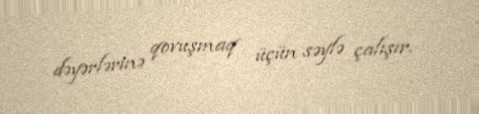
dəyərlərinə qovuşmaq üçün səylə çalışır.